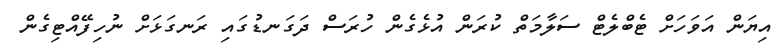
އިޔަން އަވަހަށް ޓެބްލެޓް ސަލާމަތް ކުރަން އުޅެގެން ހުރަސް ދަގަނޑުގައި ރަނގަޅަށް ނުހިފޭއްޓިގެން